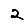
Digit: 2